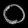
Digit: ၀